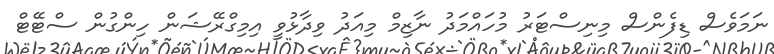
ނަމަވެސް ޑިފެންސް މިނިސްޓަރު މުހައްމަދު ނާޒިމް މިއަދު ވިދާޅުވީ އިމިގްރޭޝަން ހިންގުން ސްޓޭޓް